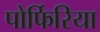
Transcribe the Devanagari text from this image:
पोर्फिरिया